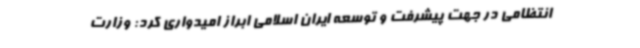
انتظامی در جهت پیشرفت و توسعه ایران اسلامی ابراز امیدواری کرد: وزارت